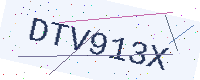
Text: DTV913X